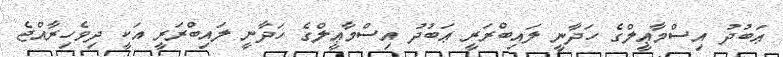
ޢަބުދު އިސްމާޢީލްގެ ހަދާނީ ލައިބްރަރީ ޢަބުދު އިސްމާޢީލްގެ ހަދާނީ ލައިބްރަރީ އަކީ ދިވެހިރާއްޖެ